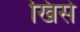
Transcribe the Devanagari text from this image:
खिसे